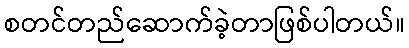
စတင်တည်ဆောက်ခဲ့တာဖြစ်ပါတယ်။